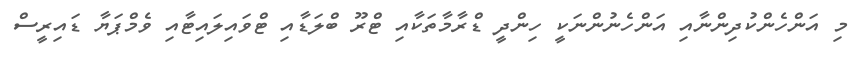
މި އަންހެންކުދިންނާއި އަންހެނުންނަކީ ހިންދީ ޑްރާމާތަކާއި ޓްރޫ ބްލަޑާއި ޓްވައިލައިޓާއި ވެމްޕަޔާ ޑައިރީސް